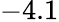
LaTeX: -4.1